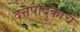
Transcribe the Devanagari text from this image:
दत्तपादुकांचे